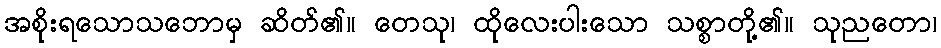
အစိုးရသောသဘောမှ ဆိတ်၏။ တေသု၊ ထိုလေးပါးသော သစ္စာတို့၏။ သုညတော၊